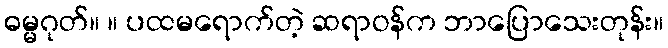
ဓမ္မဂုတ်။ ။ ပထမရောက်တဲ့ ဆရာဝန်က ဘာပြောသေးတုန်း။